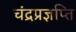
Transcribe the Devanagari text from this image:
चंद्रप्रज्ञप्ति